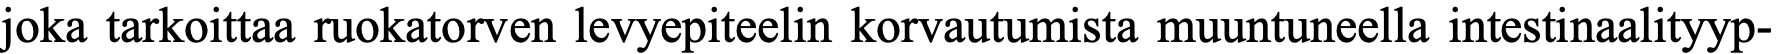
joka tarkoittaa ruokatorven levyepiteelin korvautumista muuntuneella intestinaalityyp-